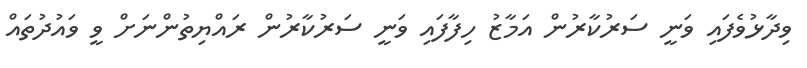
ވިދާޅުވެފައި ވަނީ ސަރުކާރުން އަމާޒު ހިފާފައި ވަނީ ސަރުކާރުން ރައްޔިތުންނަށް ވީ ވައުދުތައް